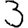
Digit: 3